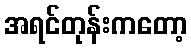
အရင်တုန်းကတော့